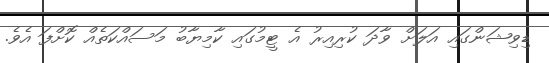
ޑިވިޝަންގައި އަލަށް ވާދަ ކުރިއިރު އެ ޓީމުގައި ކާމިޔާބު މަސައްކަތެއް ކޮށްފަ އެވެ.